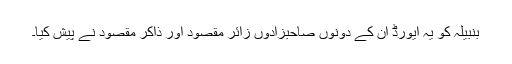
بنبیلہ کو یہ ایورڈ ان کے دونوں صاحبزادوں زائر مقصود اور ذاکر مقصود نے پیش کیا۔